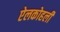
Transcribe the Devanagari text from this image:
ऐलकोहली